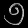
Digit: ၅